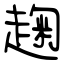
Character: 趜